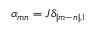
\alpha _ { m n } = J \delta _ { | m - n | , 1 }